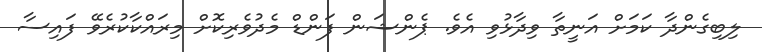
ލިބިގެންދާ ކަމަށް އަނީތާ ވިދާޅުވި އެވެ. ޕެންޝަން ފަންޑް މެދުވެރިކޮށް މިރައްކާކުރެވޭ ފައިސާ